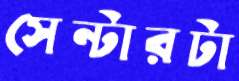
সেন্টারটা